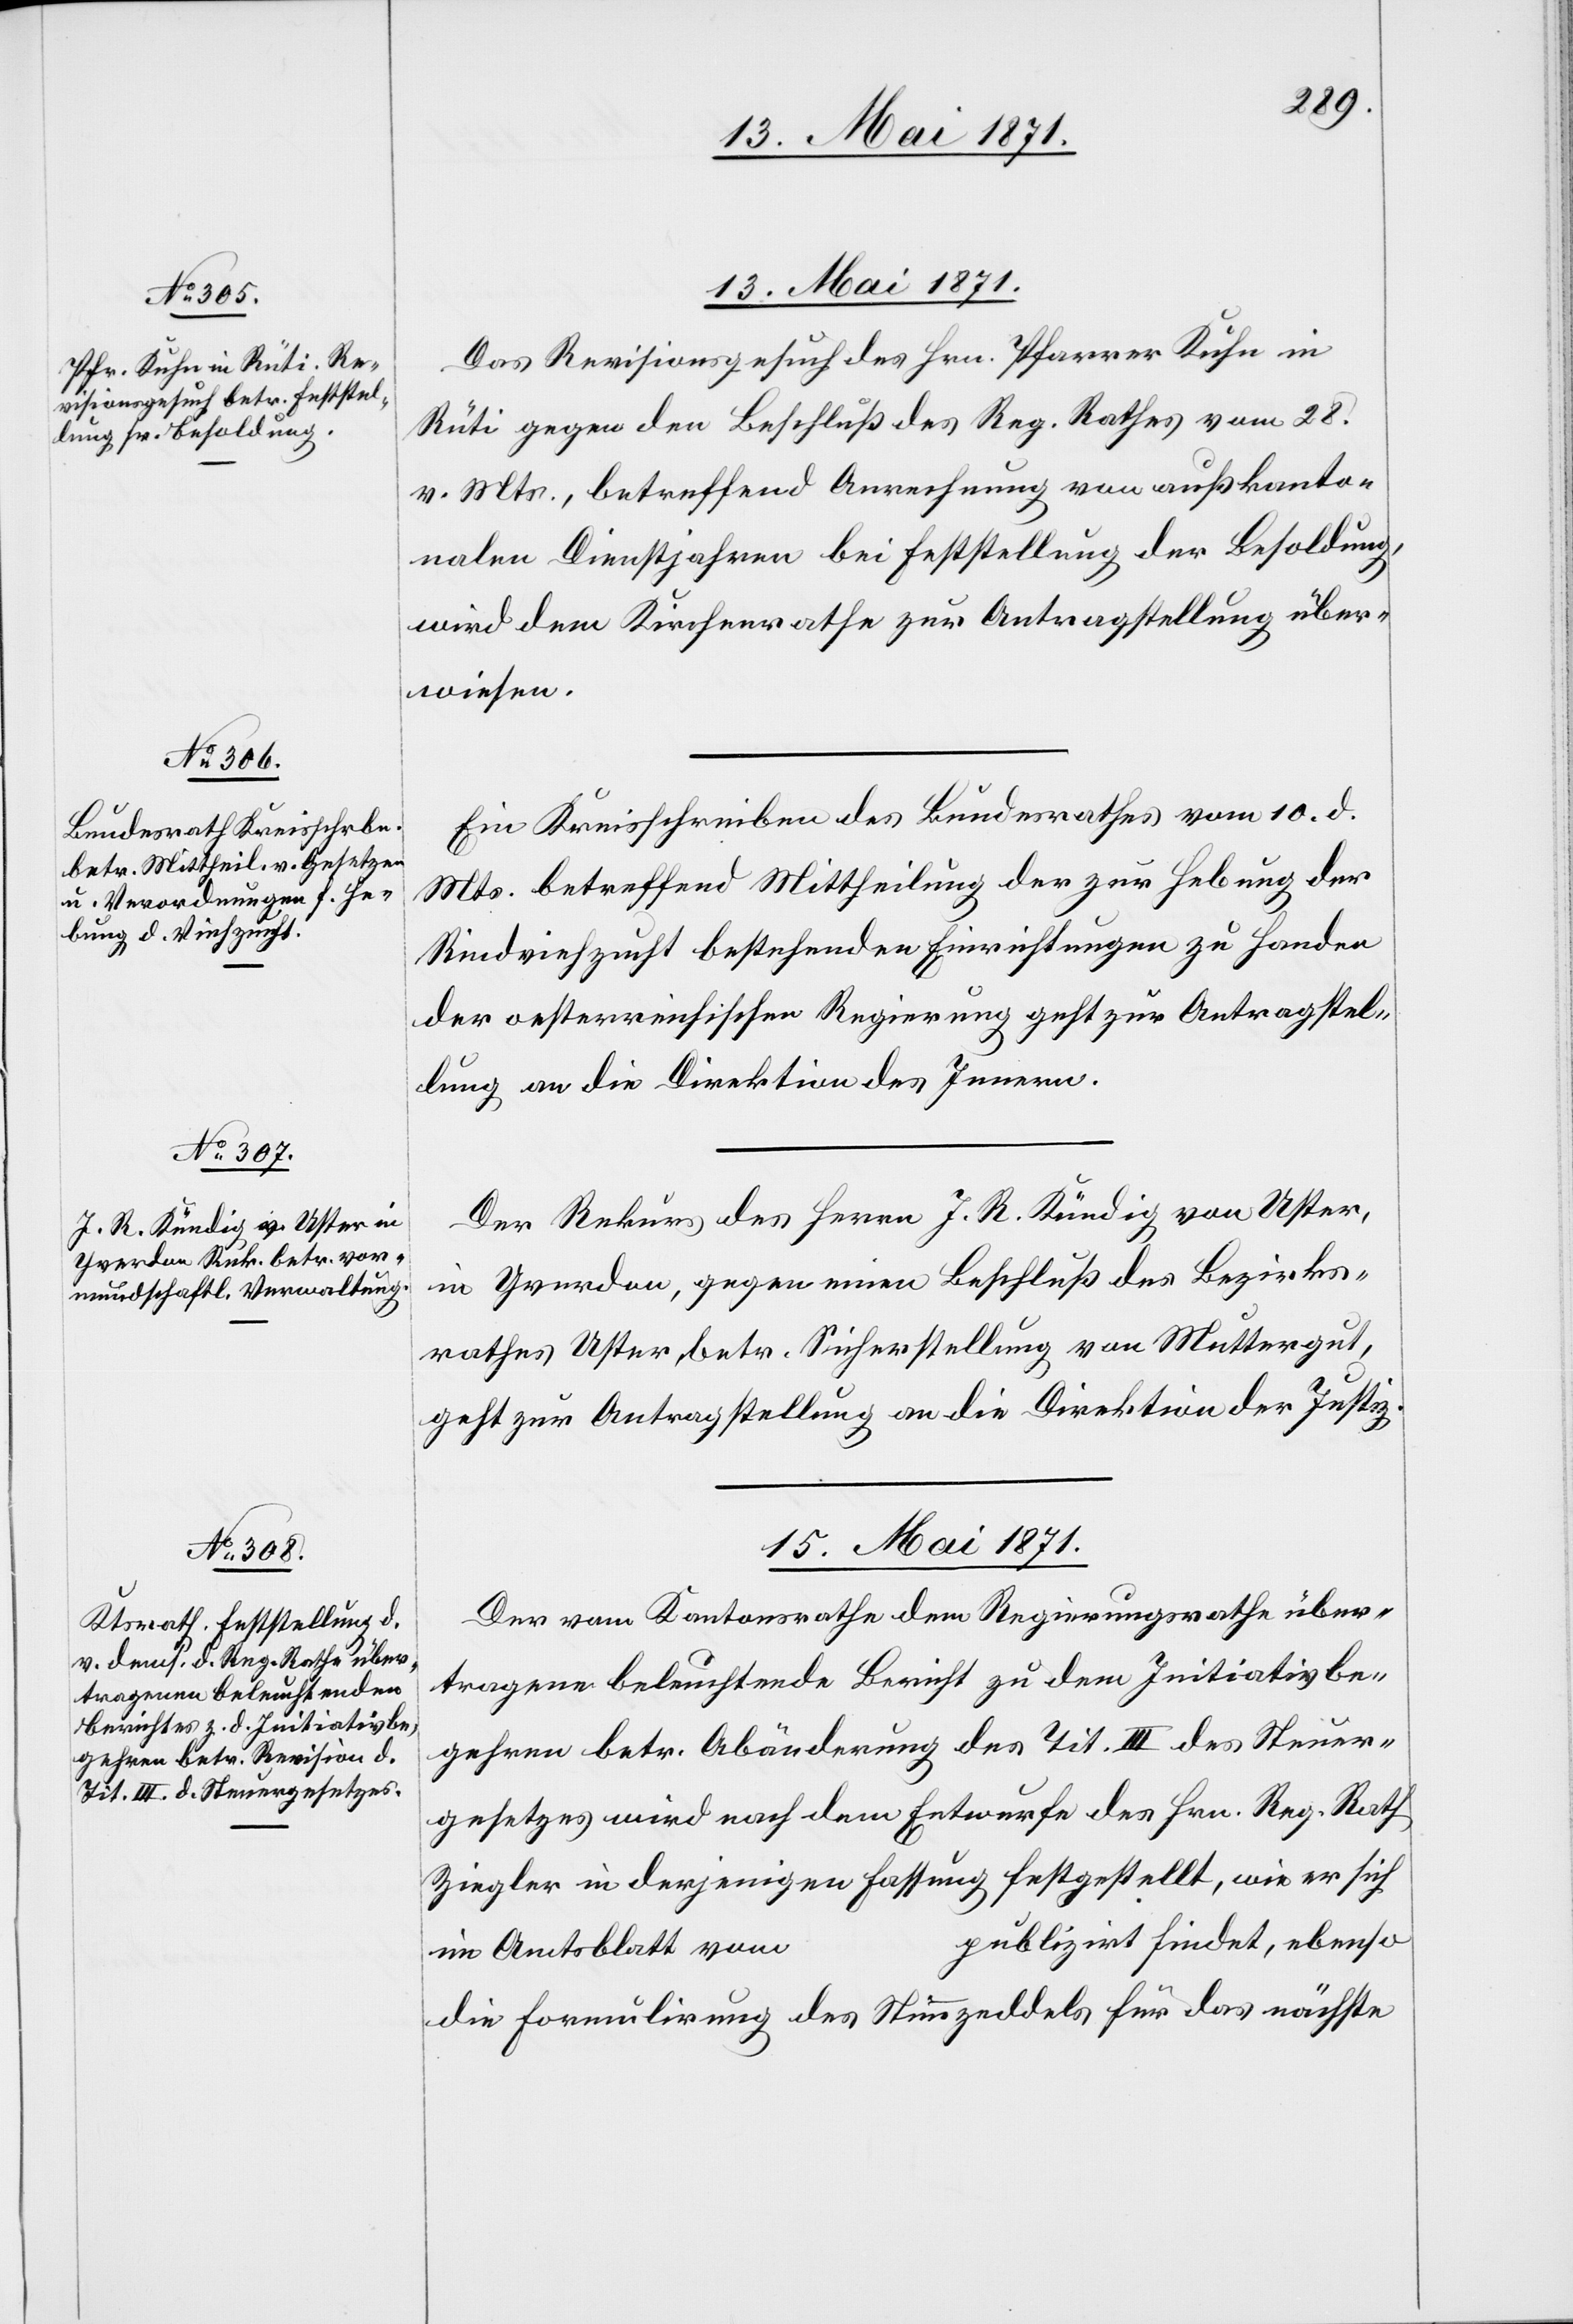
13. Mai 1871.]
13. Mai 1871.
Das Revisionsgesuch des Hrn. Pfarrer Kuhn in
Rüti gegen den Beschluß des Reg. Rathes vom 28.
v. Mts., betreffend Anrechnung von außkanto¬
nalen [sic!] Dienstjahren bei Feststellung der Besoldung,
wird dem Kirchenrathe zur Antragstellung über¬
wiesen.
Ein Kreisschreiben des Bundesrathes vom 10. d.
Mts. betreffend Mittheilung der zur Hebung der
Rindviehzucht bestehenden Einrichtungen zu Handen
der oesterreichischen Regierung geht zur Antragstel¬
lung an die Direktion des Innern.
Der Rekurs des Herrn J. R. Kündig von Uster,
in Yverdon, gegen einen Beschluß des Bezirks¬
rathes Uster, betr. Sicherstellung von Muttergut,
geht zur Antragstellung an die Direktion der Justiz.
15. Mai 1871.
Der vom Kantonsrathe dem Regierungsrathe über¬
tragene beleuchtende Bericht zu dem Initiativbe¬
gehren betr. Abänderung des Tit. III des Steuer¬
gesetzes wird nach dem Entwurfe des Hrn. Reg. Rath
Ziegler in derjenigen Fassung festgestellt, wie er sich
publizirt findet, ebenso
im Amtsblatt vom …
die Formulirung des Stimmzeddels für das nächste